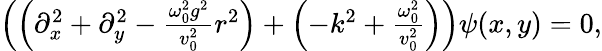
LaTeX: \begin{array}{r}{\left(\left(\partial_{x}^{2}+\partial_{y}^{2}-\frac{\omega_{0}^{2}g^{2}}{v_{0}^{2}}r^{2}\right)+\left(-k^{2}+\frac{\omega_{0}^{2}}{v_{0}^{2}}\right)\right)\psi(x,y)=0,}\end{array}